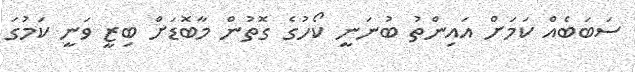
ސަބަބެއް ކަމަށް އައިންތު ބުނަނީ ކޯހުގެ ގޮތުން މާބޮޑަށް ބިޒީ ވަނީ ކަމުގަ